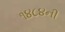
૧૪૮૪ની